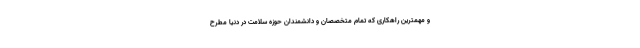
و مهمترین راهکاری که تمام متخصصان و دانشمندان حوزه سلامت در دنیا مطرح